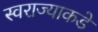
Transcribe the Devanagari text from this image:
स्वराज्याकडे